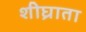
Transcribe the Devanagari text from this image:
शीघ्राता